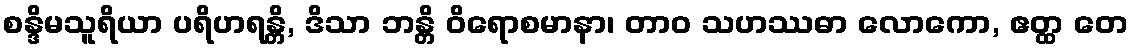
စန္ဒိမသူရိယာ ပရိဟရန္တိ, ဒိသာ ဘန္တိ ဝိရောစမာနာ၊ တာဝ သဟဿဓာ လောကော, ဧတ္ထ တေ